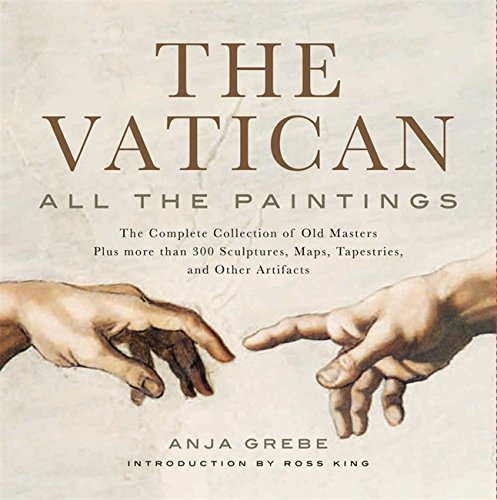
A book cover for Vatican: All the Paintings: The Complete Collection of Old Masters, Plus More than 300 Sculptures, Maps, Tapestries, and other Artifacts; Anja Grebe; Arts & Photography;